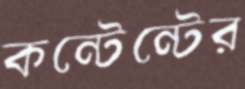
কন্টেন্টের